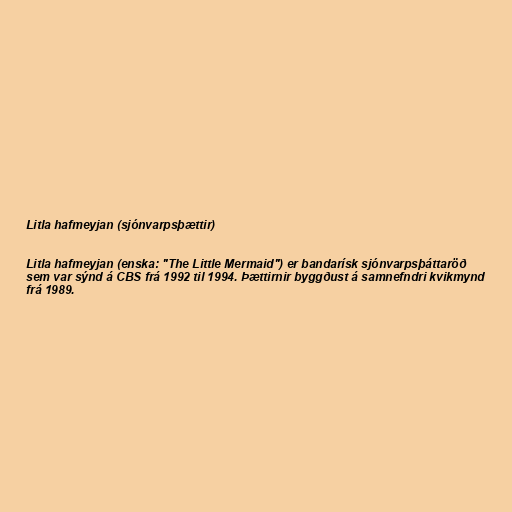
Litla hafmeyjan (sjónvarpsþættir)

Litla hafmeyjan (enska: "The Little Mermaid") er bandarísk sjónvarpsþáttaröð
sem var sýnd á CBS frá 1992 til 1994. Þættirnir byggðust á samnefndri kvikmynd
frá 1989.